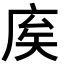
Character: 𢈟